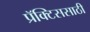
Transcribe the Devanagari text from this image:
प्रॅक्टिससाठी